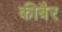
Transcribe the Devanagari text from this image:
कीबैर